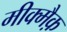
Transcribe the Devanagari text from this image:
मीक्मैक़